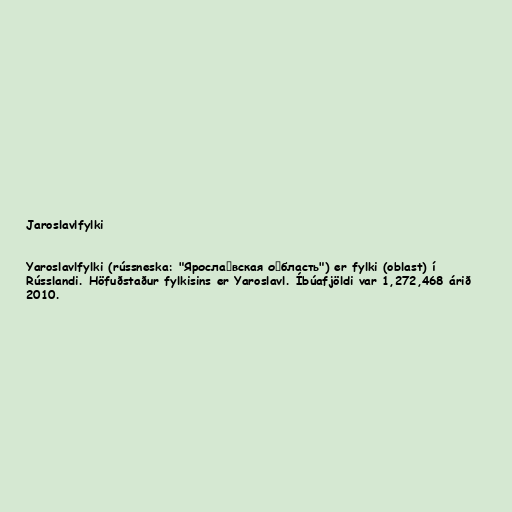
Jaroslavlfylki

Yaroslavlfylki (rússneska: "Яросла́вская о́бласть") er fylki (oblast) í
Rússlandi. Höfuðstaður fylkisins er Yaroslavl. Íbúafjöldi var 1,272,468 árið
2010.